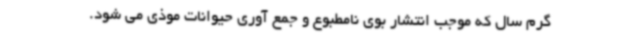
گرم سال که موجب انتشار بوی نامطبوع و جمع آوری حیوانات موذی می شود.